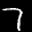
Label: 7